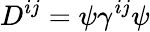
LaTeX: D^{ij}=\psi\gamma^{ij}\psi